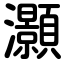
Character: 灝